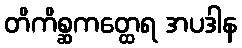
တိကိစ္ဆကတ္ထေရ အပဒါန